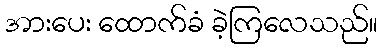
အားပေး ထောက်ခံ ခဲ့ကြလေသည်။